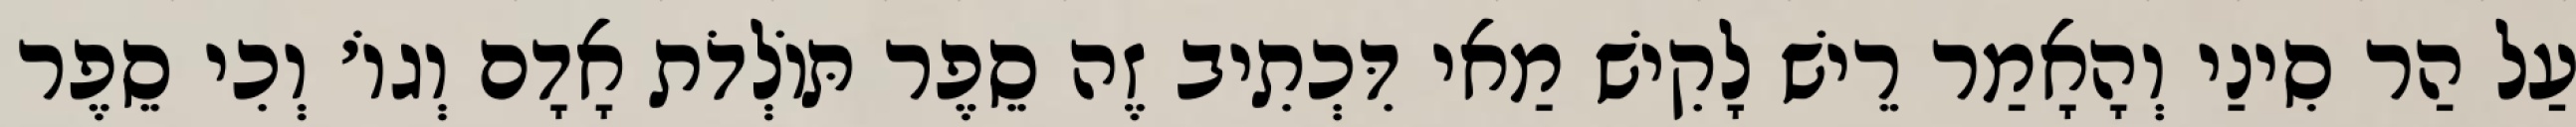
עַל הַר סִינַי וְהָאָמַר רֵישׁ לָקִישׁ מַאי דִּכְתִיב זֶה סֵפֶר תּוֹלְדֹת אָדָם וְגוֹ׳ וְכִי סֵפֶר